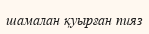
шамалан қуырған пияз